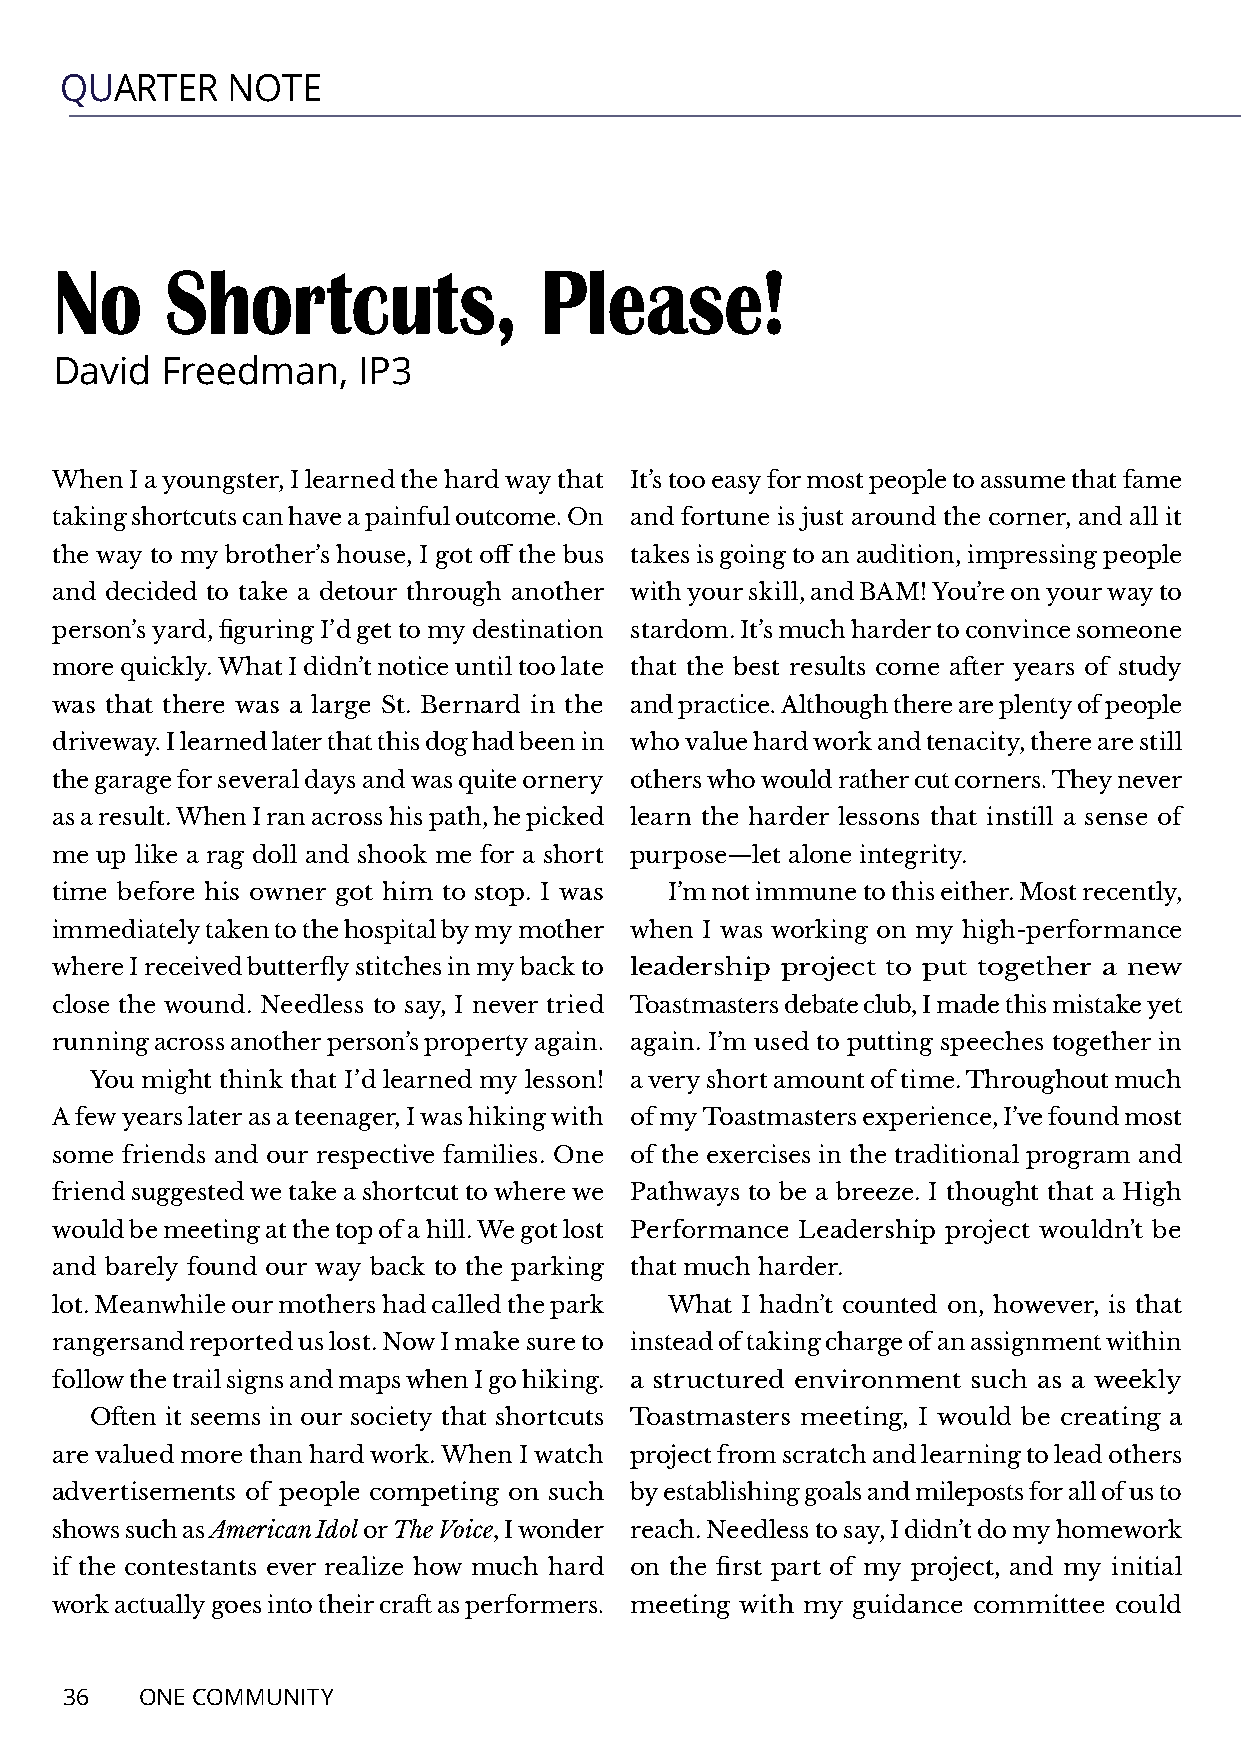
QUARTER    NOTE
 No     Shortcuts,               Please!
 David  Freedman,    IP3
 When  I a youngster, I learned the hard way that It’s too easy for most people to assume that fame
 taking shortcuts can have a painful outcome. On and fortune is just around the corner, and all it
 the way to my brother’s house, I got off the bus takes is going to an audition, impressing people
 and decided to take a detour through another with your skill, and BAM! You’re on your way to
 person’s yard, figuring I’d get to my destination stardom. It’s much harder to convince someone
 more quickly. What I didn’t notice until too late that the best results come after years of study
 was that there was a large St. Bernard in the and practice. Although there are plenty of people
 driveway. I learned later that this dog had been in who value hard work and tenacity, there are still
 the garage for several days and was quite ornery others who would rather cut corners. They never
 as a result. When I ran across his path, he picked learn the harder lessons that instill a sense of
 me up like a rag doll and shook me for a short purpose—let alone integrity.
 time before his owner got him to stop. I was I’m not immune to this either. Most recently,
 immediately taken to the hospital by my mother when I was working on my high-performance
 where I received butterfly stitches in my back to leadership project to put together a new
 close the wound. Needless to say, I never tried Toastmasters debate club, I made this mistake yet
 running across another person’s property again. again. I’m used to putting speeches together in
 You might think that I’d learned my lesson! a very short amount of time. Throughout much
 A few years later as a teenager, I was hiking with of my Toastmasters experience, I’ve found most
 some friends and our respective families. One of the exercises in the traditional program and
 friend suggested we take a shortcut to where we Pathways to be a breeze. I thought that a High
 would be meeting at the top of a hill. We got lost Performance Leadership project wouldn’t be
 and barely found our way back to the parking that much harder.
 lot. Meanwhile our mothers had called the park What I hadn’t counted on, however, is that
 rangersand reported us lost. Now I make sure to instead of taking charge of an assignment within
 follow the trail signs and maps when I go hiking. a structured environment such as a weekly
 Often it seems in our society that shortcuts Toastmasters meeting, I would be creating a
 are valued more than hard work. When I watch project from scratch and learning to lead others
 advertisements of people competing on such by establishing goals and mileposts for all of us to
 shows such as American Idol or The Voice, I wonder reach. Needless to say, I didn’t do my homework
 if the contestants ever realize how much hard on the first part of my project, and my initial
 work actually goes into their craft as performers. meeting with my guidance committee could
 36   ONE COMMUNITY